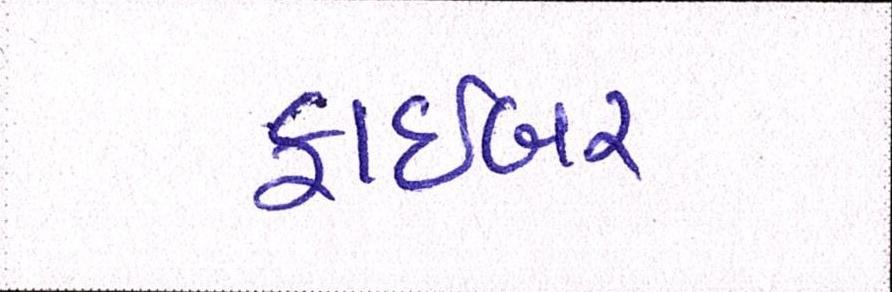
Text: ફાઇબર